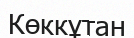
Көккұтан